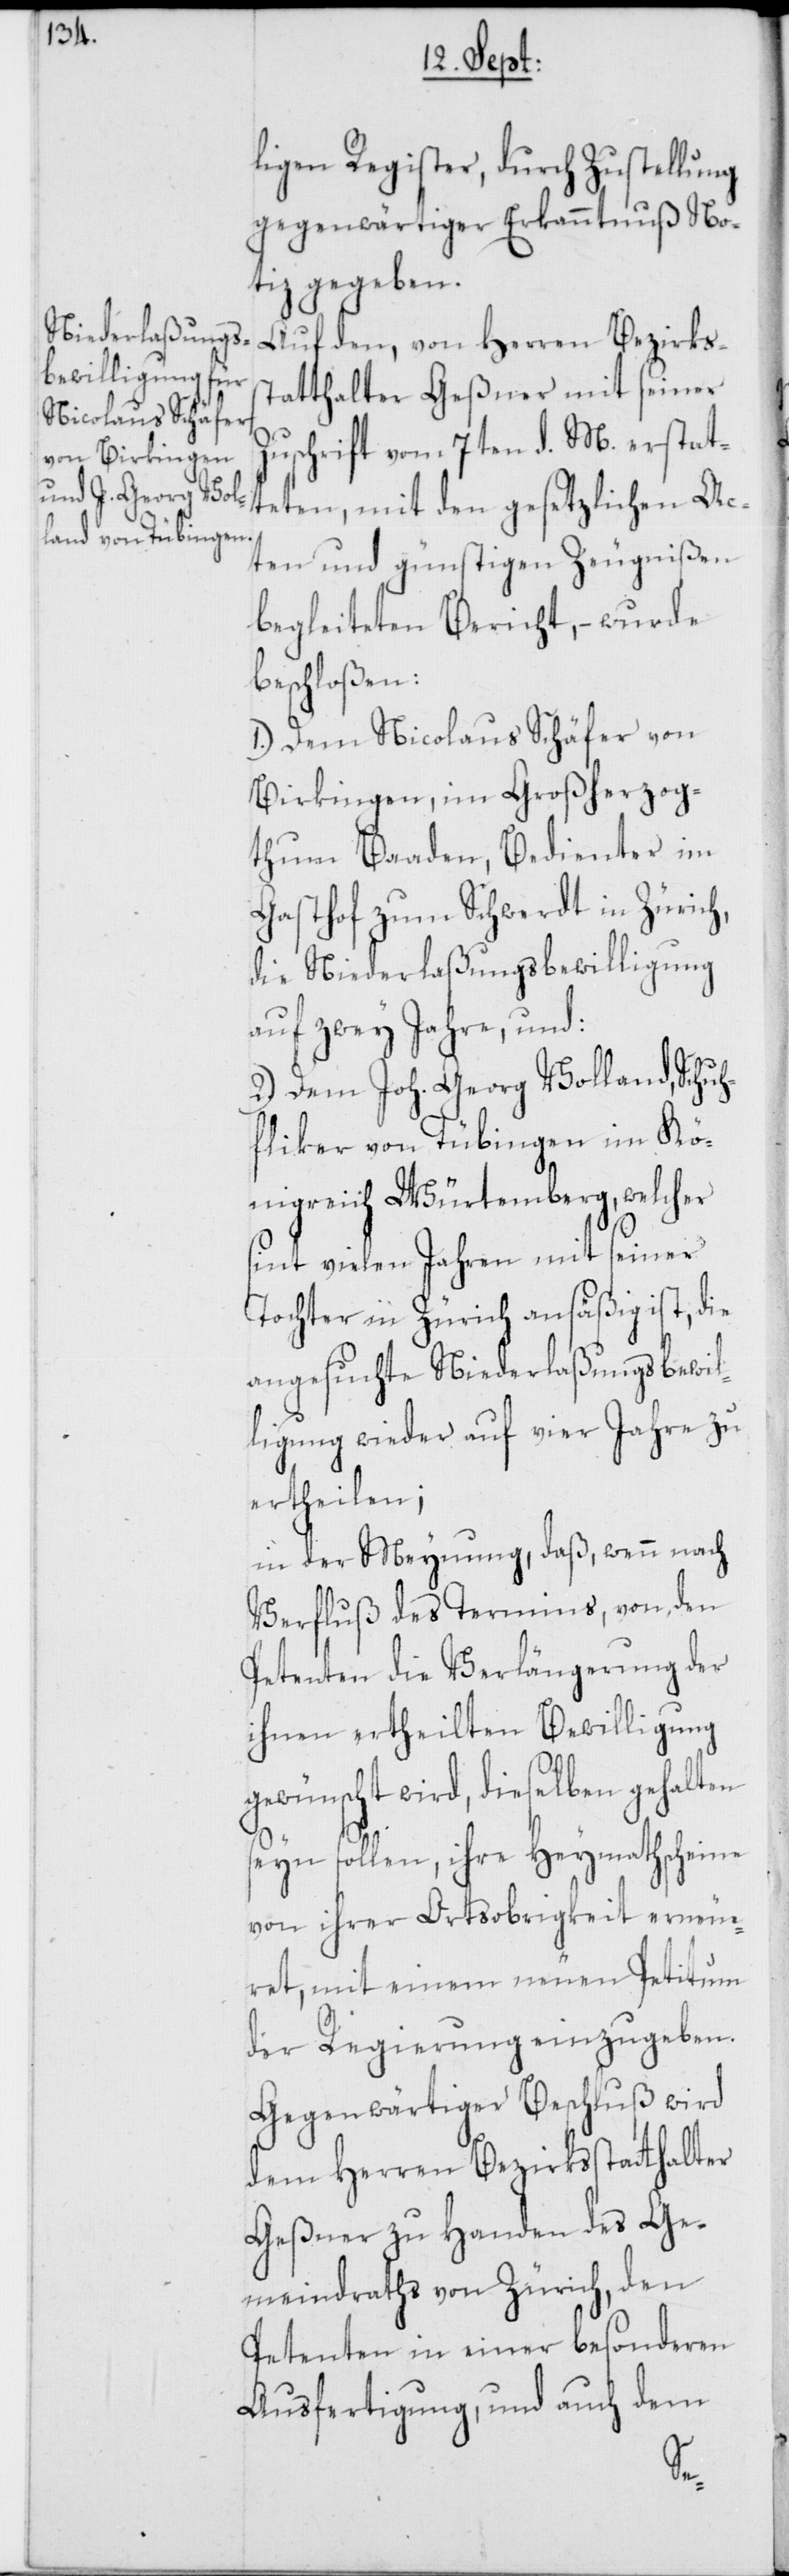
ligen Register, durch Zustellung
gegenwärtiger Erkanntnuß No¬
tiz gegeben.
Auf den, von Herren Bezirkss¬
tatthalter Geßner mit seiner
Zuschrift vom 7ten d. M. erstat¬
teten, mit den gesetzlichen Ac¬
ten und günstigen Zeugnißen
begleiteten Bericht, – wurde
beschloßen:
1.) Dem Nicolaus Schäfer von
Birkingen, im Großherzog¬
thum Baaden, Bedienter im
Gasthof zum Schwerdt in Zürich,
die Niederlaßungsbewilligung
auf zwey Jahre, und:
2.) Dem Joh. Georg Volland, Schuh¬
fliker von Tübingen im Kö¬
nigreich Würtemberg, welcher
sint vielen Jahren mit seiner
Tochter in Zürich ansäßig ist, die
angesuchte Niederlaßungsbewil¬
ligung wieder auf vier Jahre zu
ertheilen;
in der Meynung, daß, wenn nach
Verfluß des Termins, von den
Petenten die Verlängerung der
ihnen ertheilten Bewilligung
gewünscht wird, dieselben gehalten
seyn sollen, ihre Heymathscheine
von ihrer Ortsobrigkeit erneue¬
ret, mit einem neuen Petitum
der Regierung einzugeben .
Gegenwärtiger Beschluß wird
dem Herren Bezirksstatthalter
Geßner zu Handen des Ge¬
meindraths von Zürich, den
Petenten in einer besonderen
Ausfertigung, und auch dem